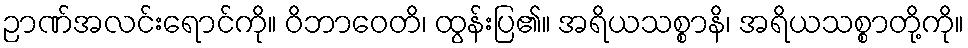
ဉာဏ်အလင်းရောင်ကို။ ဝိဘာဝေတိ၊ ထွန်းပြ၏။ အရိယသစ္စာနိ၊ အရိယသစ္စာတို့ကို။